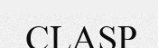
CLASP